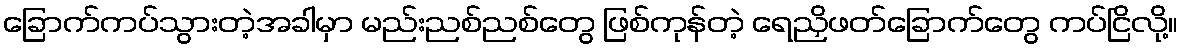
ခြောက်ကပ်သွားတဲ့အခါမှာ မည်းညစ်ညစ်တွေ ဖြစ်ကုန်တဲ့ ရေညှိဖတ်ခြောက်တွေ ကပ်ငြိလို့။